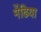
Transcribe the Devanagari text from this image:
मेंढिया